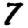
Digit: 7